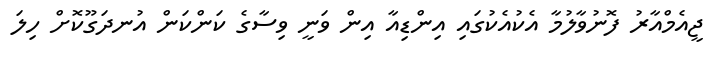
ޖީއެމްއާރު ފޮނުވާލުމާ އެކުއެކުގައި އިންޑިއާ އިން ވަނީ ވިސާގެ ކަންކަން އުނދަގޫކޮށް ހިލަ